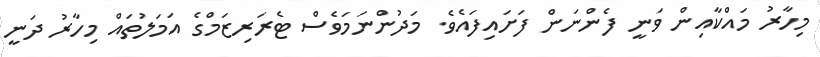
މިހާރު މައްކާއިން ވަނީ ފެންނަން ފަށައިފައެވެ. މަދުންނަމަވެސް ޓެރަރިޒަމްގެ އަމަލުތައް މިހާރު ދަނީ